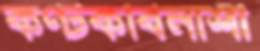
কণ্টকবিনাশী